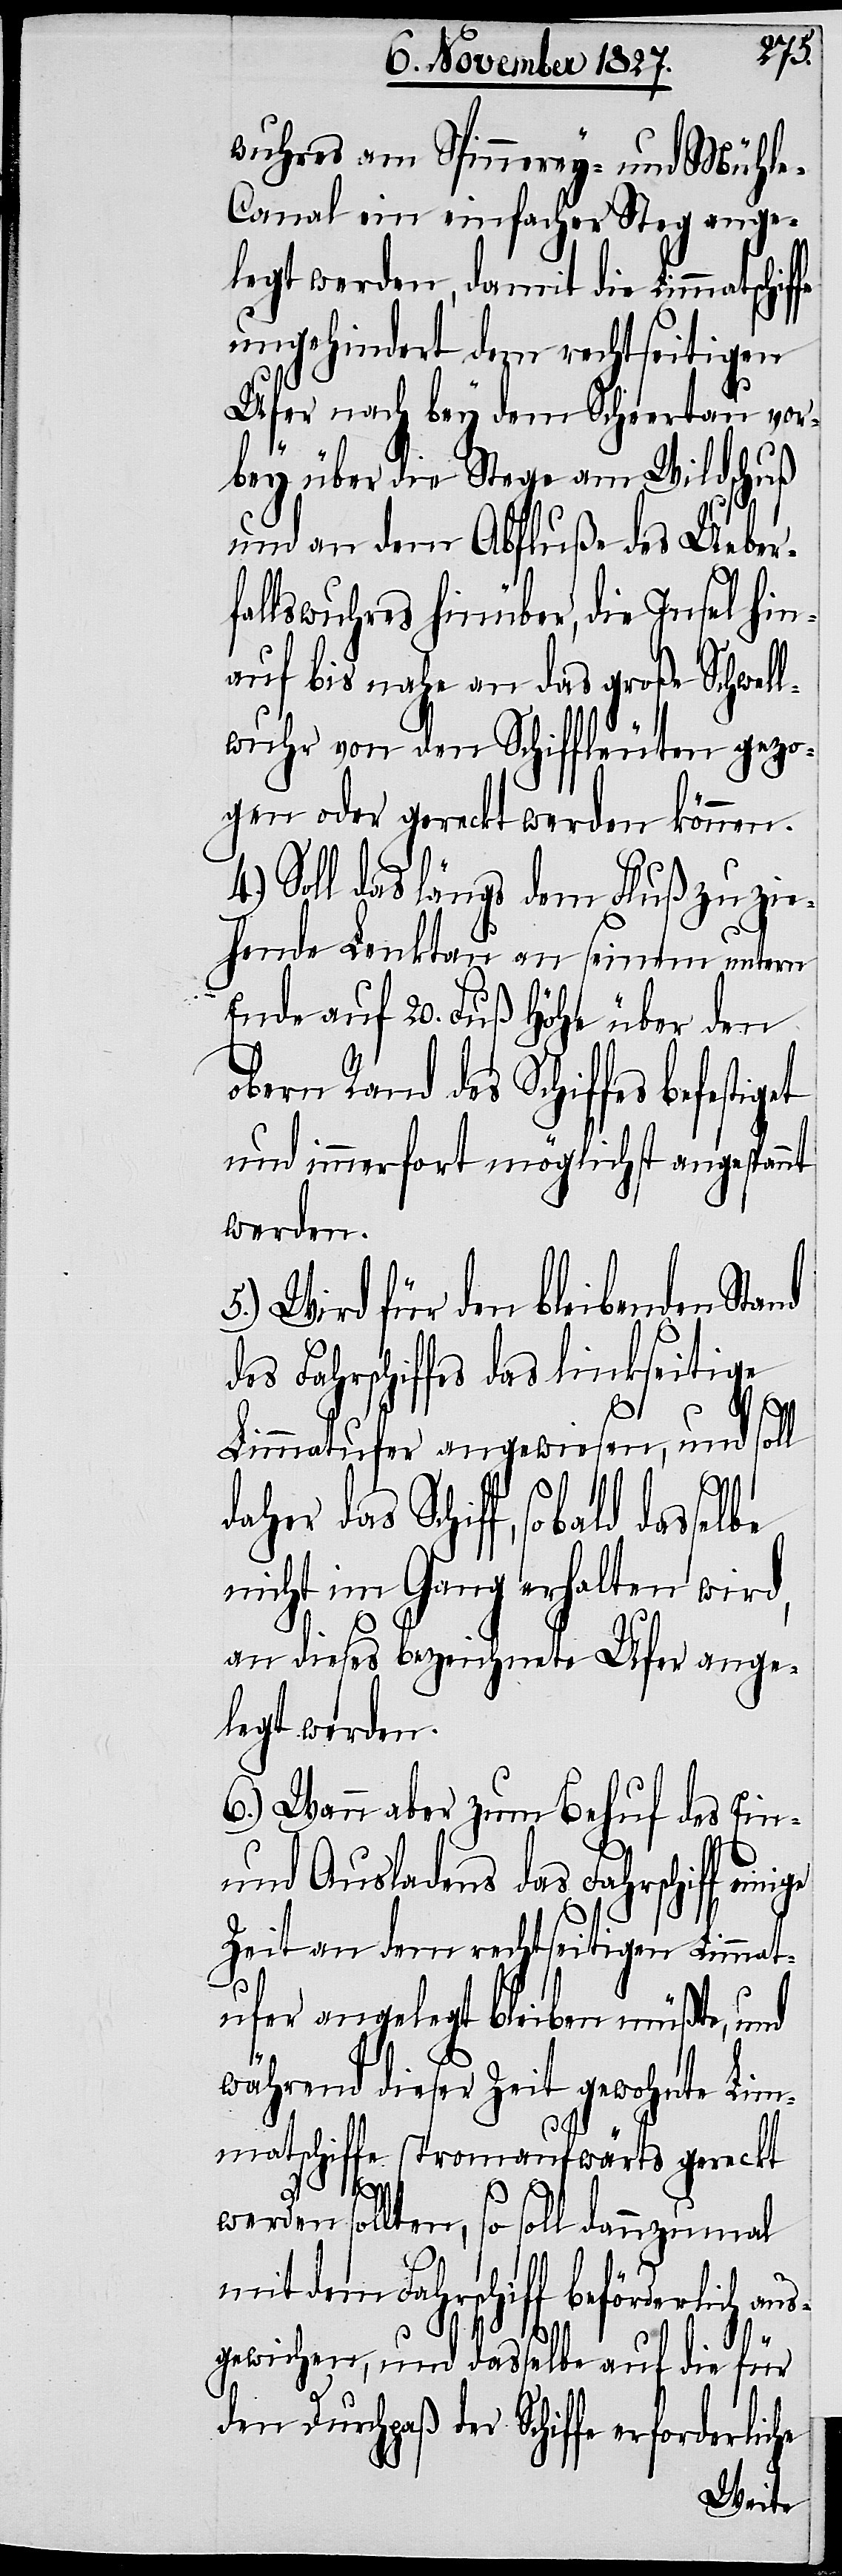
wuhres am Spinnerey- und Mühl¬
e-Canal ein einfacher Steg ange¬
legt werden, damit die Limmatschif¬
ungehindert dem rechtseitigen
Ufer nach bey dem Scheertau vor¬
bey über die Stege am Wildschuß
und an dem Abfluße des Ueber¬
fallswuhres hinüber, die Insel hin¬
auf bis nahe an das große Schwel¬
lwuhr von den Schiffleuten gezo¬
gen oder gereckt werden können.
4.) Soll das längs dem Fluß zu zie¬
hende Lenktau an seinem untern
Ende auf 20. Fuß Höhe über den
obern Rand des Schiffes befestigt
und immerfort möglichst angespannt
werden.
5.) Wird für den bleibenden Stand
des Fahrschiffes das linkseitige
Limmatufer angewiesen, und soll
daher das Schiff, so bald
nicht im Gang erhalten wird,
an dieses bezeichnete Ufer ange¬
legt werden.
6.) Wann aber zum Behuf des Ein-
und Ausladens das Fahrschiff
Zeit an dem rechtseitigen Limmat¬
ufer angelegt bleiben müßte, und
während dieser Zeit gewohnte Lim¬
matschiffe stromaufwärts gereckt
fe
werden sollten, so soll dannzumal
mit dem Fahrschiff beförderlich au¬
sgewichen, und dasselbe auf die für
der Schiffe erforderliche